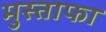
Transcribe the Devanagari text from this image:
मुस्ताफा